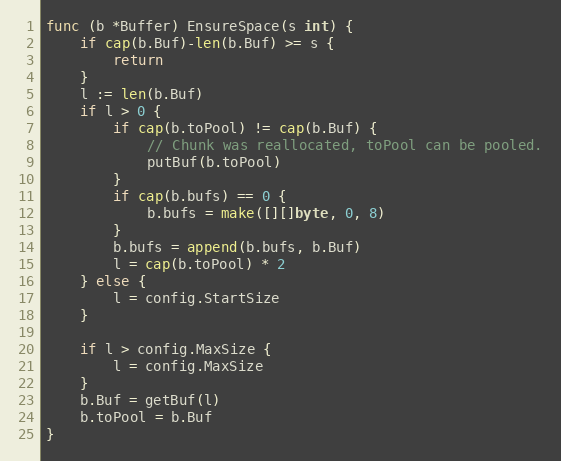
Language: Go
func (b *Buffer) EnsureSpace(s int) {
	if cap(b.Buf)-len(b.Buf) >= s {
		return
	}
	l := len(b.Buf)
	if l > 0 {
		if cap(b.toPool) != cap(b.Buf) {
			// Chunk was reallocated, toPool can be pooled.
			putBuf(b.toPool)
		}
		if cap(b.bufs) == 0 {
			b.bufs = make([][]byte, 0, 8)
		}
		b.bufs = append(b.bufs, b.Buf)
		l = cap(b.toPool) * 2
	} else {
		l = config.StartSize
	}

	if l > config.MaxSize {
		l = config.MaxSize
	}
	b.Buf = getBuf(l)
	b.toPool = b.Buf
}